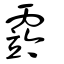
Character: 霠